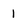
Character: I